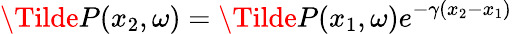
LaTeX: \Tilde{P}(x_{2},\omega)=\Tilde{P}(x_{1},\omega)e^{-\gamma(x_{2}-x_{1})}